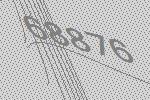
68876